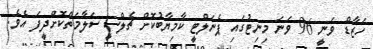
ހަޒާޑް ވަނީ 96 ވަނަ މިނިޓުގައި ޕެނަލްޓީ ކާމިޔާބުކޮށް ޗެލްސީ ސަލާމަތްކޮށްދީފަ އެވެ.